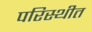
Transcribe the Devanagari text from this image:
परिस्थीत